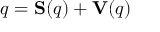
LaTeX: q = \mathbf { S } ( q ) + \mathbf { V } ( q )